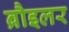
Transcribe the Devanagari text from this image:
ब्रौइलर